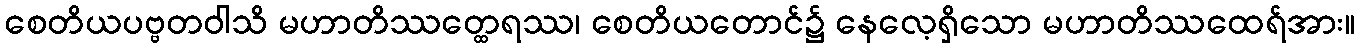
စေတိယပဗ္ဗတဝါသိ မဟာတိဿတ္ထေရဿ၊ စေတိယတောင်၌ နေလေ့ရှိသော မဟာတိဿထေရ်အား။